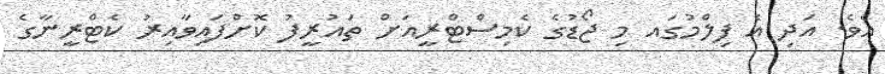
އެވެ. އަދި އެ ފިލްމުގައ މި ޖޯޑުގެ ކެމިސްޓްރީއަށް ތައުރީފު ކޮށްފައިވާއިރު ކެޓްރީނާގެ